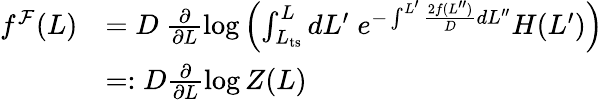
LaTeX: \begin{array}{rl}{f^{\mathcal{F}}(L)}&{=D\ \frac{\partial}{\partial L}\log\left(\int_{L_{\mathrm{ts}}}^{L}dL^{\prime}\; e^{-\int^{L^{\prime}}\frac{2f(L^{\prime\prime})}{D}dL^{\prime\prime}}H(L^{\prime})\right)}\\ &{=:D\frac{\partial}{\partial L}\log Z(L)}\end{array}